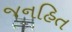
જનહિત